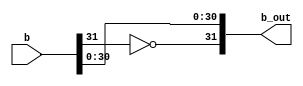
`timescale 1ns / 1ps
//////////////////////////////////////////////////////////////////////////////////
// Company: 
// Engineer: 
// 
// Design Name: 
// Module Name:    mulb 
// Project Name: 
// Target Devices: 
// Tool versions: 
// Description: 
//
// Dependencies: 
//
// Revision: 
// Revision 0.01 - File Created
// Additional Comments: 
//
//////////////////////////////////////////////////////////////////////////////////
module mulb(
    input [31:0] b,
    output [31:0] b_out
    );
assign b_out[31]=~b[31];
assign b_out[30:0]=b[30:0];

endmodule